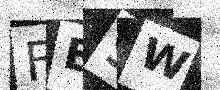
Text: FB9W